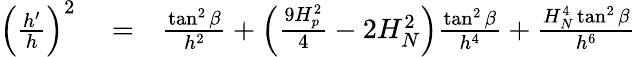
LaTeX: \begin{array}{rlr}{\left(\frac{h^{\prime}}{h}\right)^{2}}&{{}=}&{\frac{\tan^{2}\beta}{h^{2}}+\left(\frac{9H_{p}^{2}}{4}-2H_{N}^{2}\right)\frac{\tan^{2}\beta}{h^{4}}+\frac{H_{N}^{4}\tan^{2}\beta}{h^{6}}}\end{array}